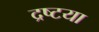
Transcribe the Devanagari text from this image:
द्रष्टया